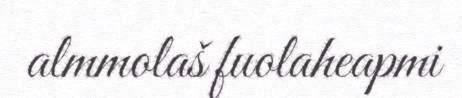
almmolaš fuolaheapmi